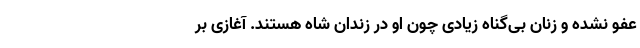
عفو نشده و زنان بی‌گناه زیادی چون او در زندان‌ شاه هستند. آغازی بر